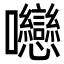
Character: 𡆕